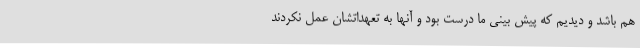
هم باشد و دیدیم که پیش بینی ما درست بود و آنها به تعهداتشان عمل نکردند